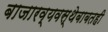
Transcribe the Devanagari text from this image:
बाजारव्यवस्थेबाबतही